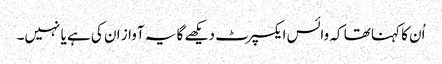
اُن کا کہنا تھا کہ وائس ایکسپرٹ دیکھے گا یہ آواز ان کی ہے یا نہیں۔